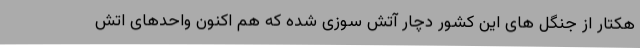
هکتار از جنگل های این کشور دچار آتش سوزی شده که هم اکنون واحدهای اتش